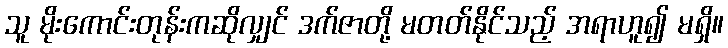
သူ မိုးကောင်းတုန်းကဆိုလျှင် ဒက်ဇာတို့ မတတ်နိုင်သည့် အရာဟူ၍ မရှိ။